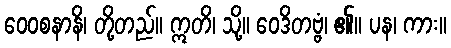
ဝေဝစနာနိ၊ တို့တည်။ ဣတိ၊ သို့။ ဝေဒိတဗ္ဗံ၊ ၏။ ပန၊ ကား။